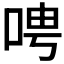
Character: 𫪆